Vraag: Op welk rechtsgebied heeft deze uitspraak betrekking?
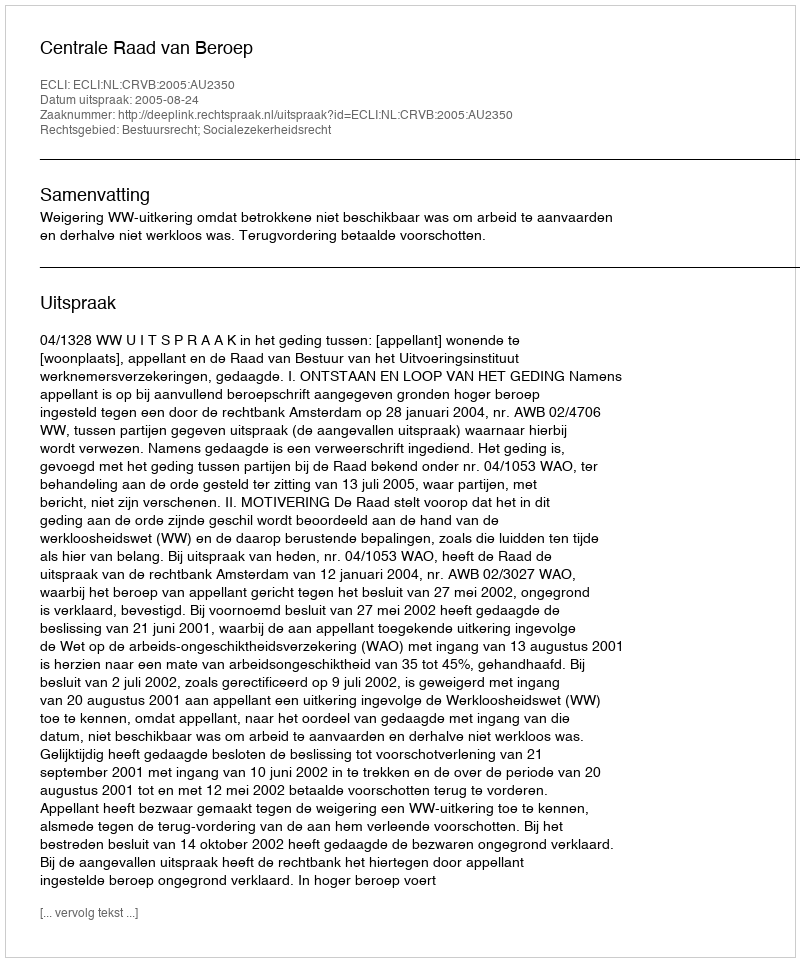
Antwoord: Bestuursrecht; Socialezekerheidsrecht